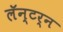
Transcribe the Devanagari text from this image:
लॅन्टर्न